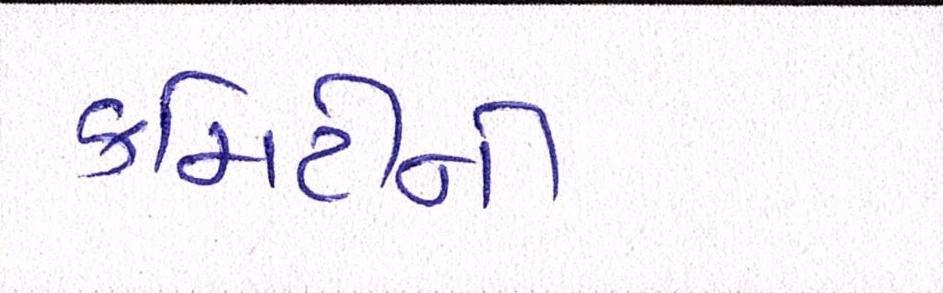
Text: કમિટીની